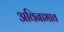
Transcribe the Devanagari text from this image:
अविनाभाव